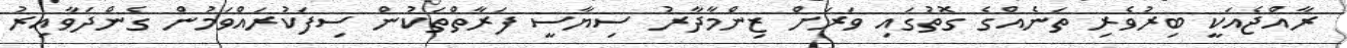
ރާއްޖެއަކީ ބިރުވެރި ތަނެއްގެ ގޮތުގައި ވަރަށް ޒިންމާދާރު ސިޔާސީ ފަރާތްތަކުން ސިފަކުރައްވަމުން ގެންދަވާއިރު